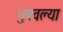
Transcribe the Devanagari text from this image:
भुषवल्या